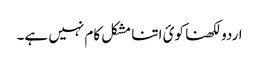
اردو لکھنا کوئ اتنا مشکل کام نہیں ہے۔